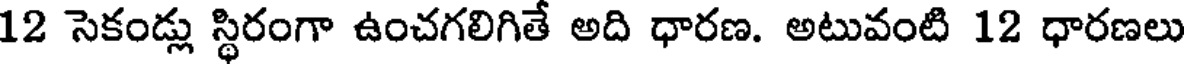
12 సెకండ్లు స్థిరంగా ఉంచగలిగితే అది ధారణ. అటువంటి 12 ధారణలు